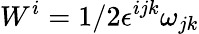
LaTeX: W^{i}=1/2{\epsilon}^{ijk}{\omega}_{jk}